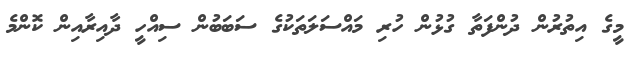
މީގެ އިތުރުން ދުންފަތާ ގުޅުން ހުރި މައްސަލަތަކުގެ ސަބަބުން ސިއްހީ ދާއިރާއިން ކޮންމެ